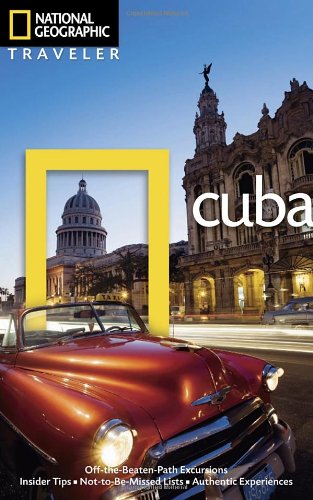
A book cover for National Geographic Traveler: Cuba; Christopher Baker; Travel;